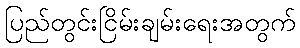
ပြည်တွင်းငြိမ်းချမ်းရေးအတွက်